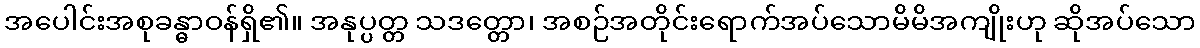
အပေါင်းအစုခန္ဓာဝန်ရှိ၏။ အနုပ္ပတ္တ သဒတ္တော၊ အစဉ်အတိုင်းရောက်အပ်သောမိမိအကျိုးဟု ဆိုအပ်သော